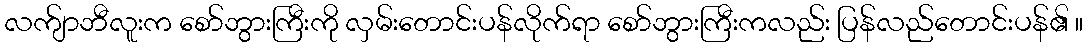
လက်ျာဘီလူးက စော်ဘွားကြီးကို လှမ်းတောင်းပန်လိုက်ရာ စော်ဘွားကြီးကလည်း ပြန်လည်တောင်းပန်၏ ။